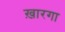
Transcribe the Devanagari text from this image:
ख़ारगा